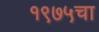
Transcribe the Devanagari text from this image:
१९७५चा